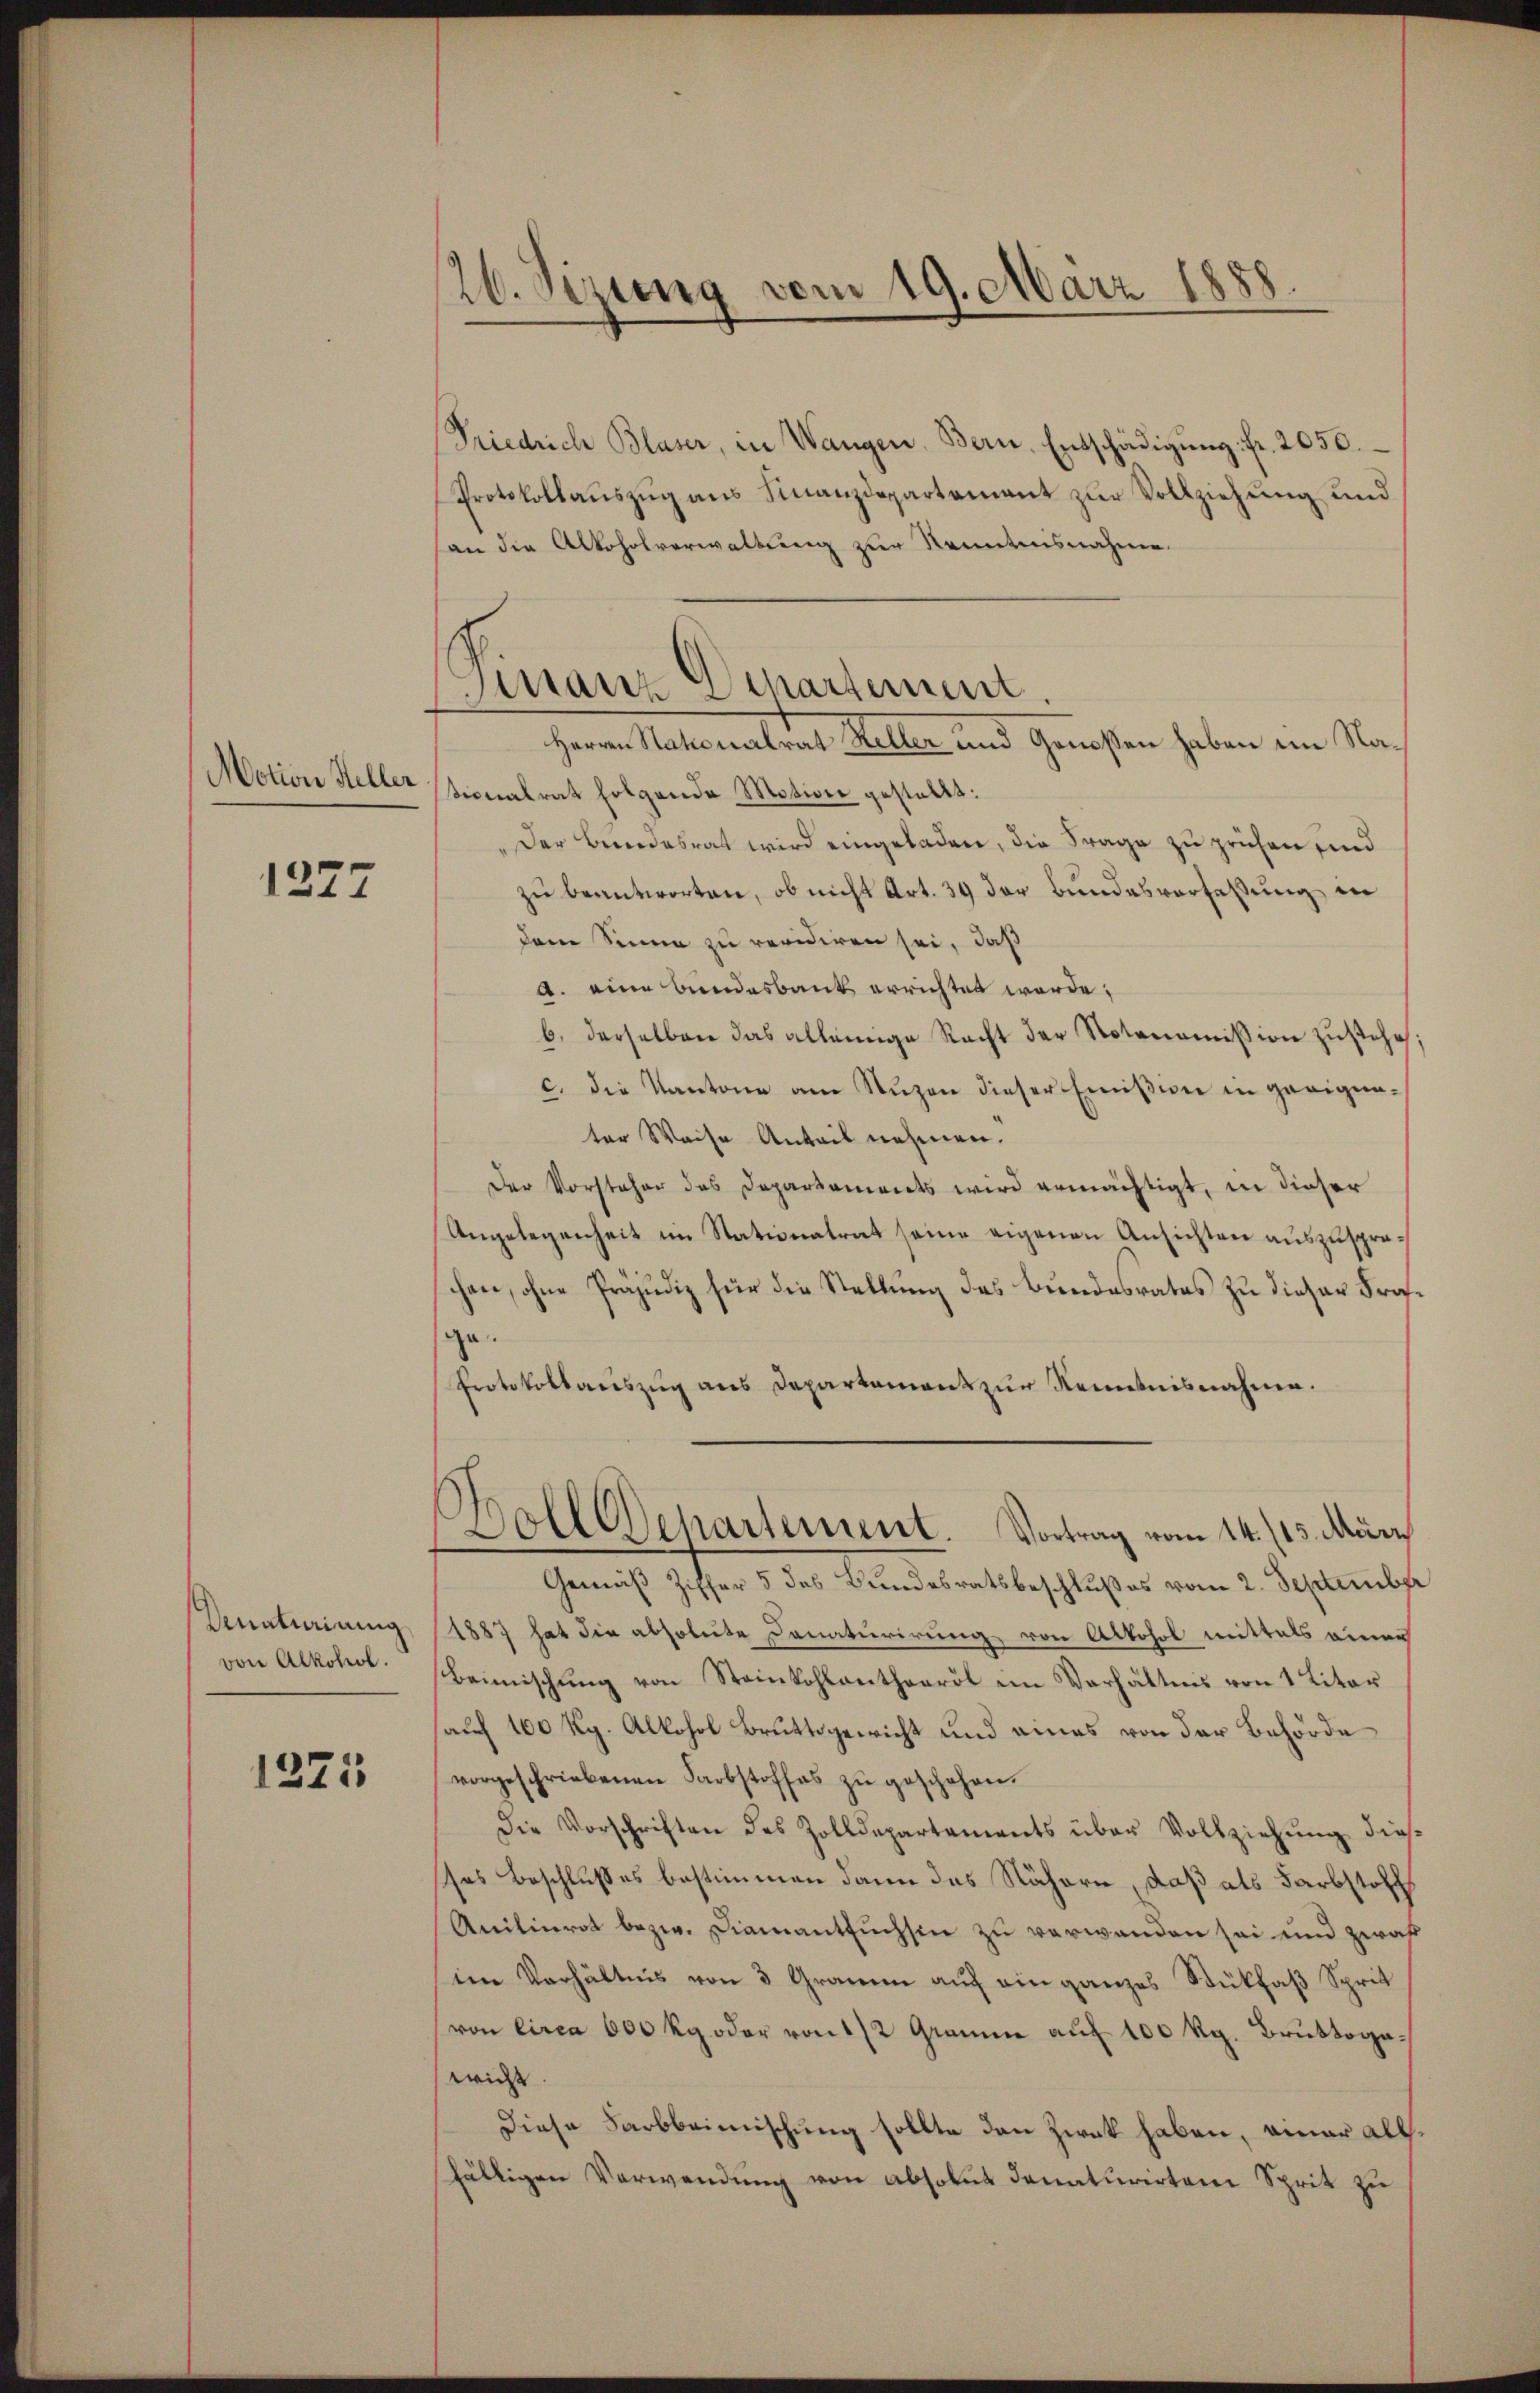
Motion Heller

1277

Unationirung
von Alkohol.

1271

20. Sizung vom 19. März 1888.

Friedrich Blaser, in Wangen. Bern, Entschädigŭng fr. 2050.
Protokollauszug aus Finanzdepartement zur Vollziehung und
an die Alkoholverwaltung zur Kenntnisnahmen.
Herren Nationalrat Heller und Genossen haben im Nationalrat folgende Motion gestellt:
Der Berndesrat wird eingeladen, die Frage zu prühen sind
zu beantworten, ob nicht Art. 39 der Bundesverfaßung in
dem Sinne zu revidiren sei, daß
a. eine Bundesbank errichtet werde;
b. derselben das alleinige Recht der Notonomission zustehe
c. Die Kantone am Nuzen dieser Emißion in geeignater Weise Anteil nehmen.
Der Vorsteher des Departements wird ermächtigt, in dieser
Angelegenheit im Stationatrat seine eigenen Ansichten auszuspreschen, ohne Präjudiz für die Stellung des Bundesrates zu dieser Fra
ge¬
Protokollauszug aus Departament zur Kenntnisnahme.
Soll Dehartement. Vortrag vom 14./13. März
Gemäß Ziffer 5 des Bundesratsbeschlußes vom 2. Septembe
1887 hat die absoluite Donaturirung von Alkohol mittels einen
Beimischung von Steinkohlanthearöl im Verhältnis von 1 Liter
auf 100 Rg. Allohol Bruttsgericht und eines von der Behörde
vorgeschriebenen Farbstoffes zu geschehen.
Die Vorschriften des Zolldepartaments über Vollziehung dies
Das Beschlußes bestimmen dann das Nähern, daß als Farbstoff
Anilinrat bezw. Diamantsuchsen zu verwanden sei und zwah
im Verhältnis von 3 Gramm auf ein ganzes Stükfaß Sprit
von Circa 600 kg oder von 1/2 Gramme aŭf 100 kg. Bruttogawics
Diese Farbbeimischung sollte den Zwek haben, einer als
fälligen Verwendung von absolut donaturirten Sprit zu

Finanz Departement.